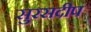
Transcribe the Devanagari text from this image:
सुरसदीप